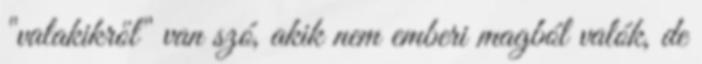
"valakikről" van szó, akik nem emberi magból valók, de